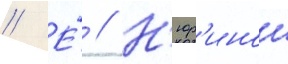
// Е́ // Н'юр'инои